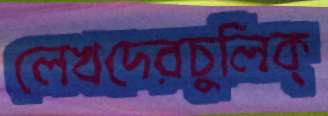
লেখদেরচুলিক্